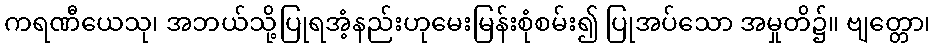
ကရဏီယေသု၊ အဘယ်သို့ပြုရအံ့နည်းဟုမေးမြန်းစုံစမ်း၍ ပြုအပ်သော အမှုတိ၌။ ဗျတ္တော၊